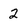
Character: 2